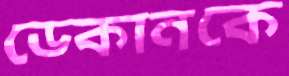
ডেকানকে